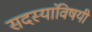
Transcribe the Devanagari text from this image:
सदस्यांविषयी